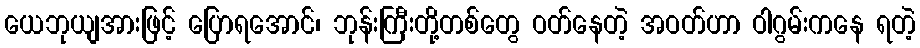
ယေဘုယျအားဖြင့် ပြောရအောင်၊ ဘုန်းကြီးတို့တစ်တွေ ဝတ်နေတဲ့ အဝတ်ဟာ ဝါဂွမ်းကနေ ရတဲ့